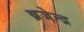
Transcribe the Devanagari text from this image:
ब्रजेन्‍द्र